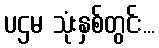
ပဌမ သုံးနှစ်တွင်း...